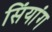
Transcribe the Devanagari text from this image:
सिंयांग